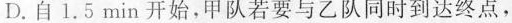
D.自1.5min开始，甲队若要与乙队同时到达终点，